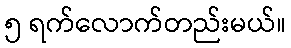
၅ ရက်လောက်တည်းမယ်။